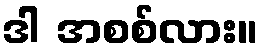
ဒါ အစစ်လား။